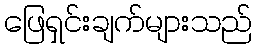
ဖြေရှင်းချက်များသည်